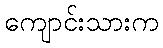
ကျောင်းသားက